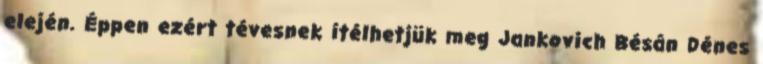
elején. Éppen ezért tévesnek ítélhetjük meg Jankovich Bésán Dénes